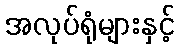
အလုပ်ရုံများနှင့်